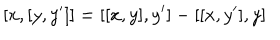
[ x , [ y , y ^ { \prime } ] ] = [ [ x , y ] , y ^ { \prime } ] - [ [ x , y ^ { \prime } ] , y ]